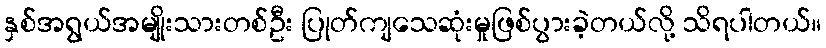
နှစ်အရွယ်အမျိုးသားတစ်ဦး ပြုတ်ကျသေဆုံးမှုဖြစ်ပွားခဲ့တယ်လို့ သိရပါတယ်။